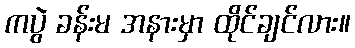
ကပွဲ ခန်းမ အနားမှာ ထိုင်ချင်လား။